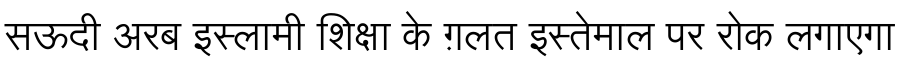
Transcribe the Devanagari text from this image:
सऊदी अरब इस्लामी शिक्षा के ग़लत इस्तेमाल पर रोक लगाएगा